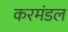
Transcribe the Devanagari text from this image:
करमंडल